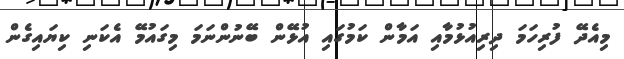
މިއެދޭ ފުރިހަމަ ދިރިއުޅުމާއި އަމާން ކަމުގައި އުޅޭން ބޭނުންނަމަ މިގައުމޭ އެކަނި ކިޔައިގެން